Vaccination in Burma 1920-1933 - 1920-1933
Year: 1920
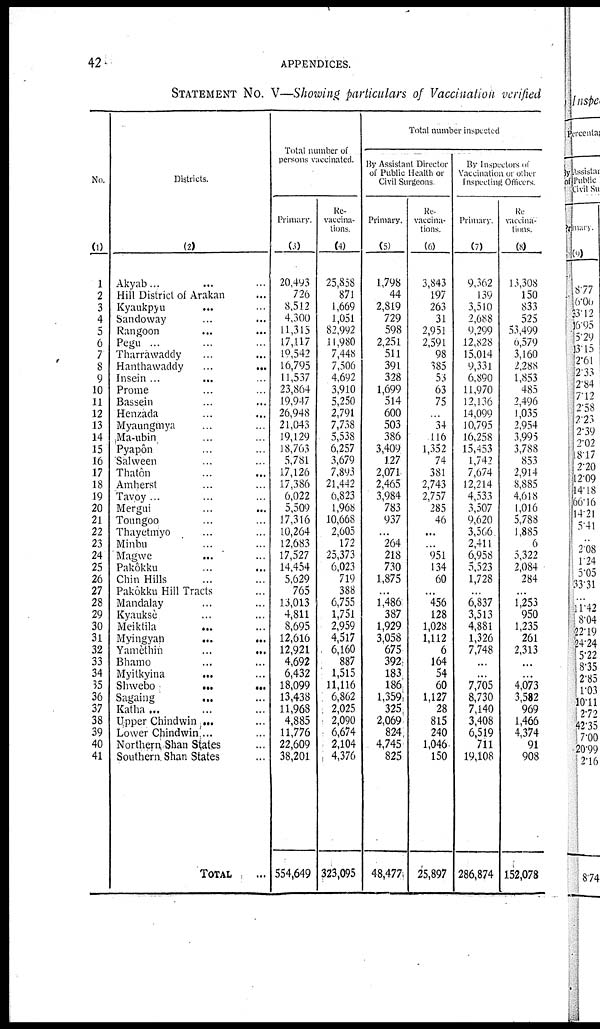
42
APPENDICES.
STATEMENT No. V—Showing particulars of Vaccination verified
No.
(1)
1
2
3
4
5
6
7
8
9
10
11
12
13
14
15
16
17
18
19
20
21
22
23
24
25
26
27
28
29
30
31
32
33
34
35
36
37
38
39
40
41
Districts.
(2)
Akyab... ... ...
Hill District of Arakan ...
Kyaukpyu ... ...
Sandoway ... ...
Rangoon ... ...
Pegu ... ... ...
Tharrawaddy ... ...
Hanthawaddy
...
...
Insein ... ... ...
Prome ... ...
Bassein ... ...
Henzada ... ...
Myaungmya ... ...
Ma-ubin ... ...
Pyapôn ... ...
Salween ... ...
Thatôn ... ...
Amherst ... ...
Tavoy ... ...
Mergui
...
...
Toungoo ... ...
Thayetmyo ... ...
Minbu ... ...
Magwe
...
...
Pakôkku ... ...
Chin Hills ... ...
Pakôkku Hill Tracts ...
Mandalay ... ...
Kyauksè ... ...
Meiktila
...
...
Myingyah
...
...
Yamèthin
...
...
Bhamo ... ...
Myitkyina ... ...
Shwebo
...
...
Sagaing ... ...
Katha ... ... ...
Upper Chindwin ... ...
Lower Chindwin ... ...
Northern Shan States ...
Southern Shan States ...
TOTAL ...
Total number of
persons vaccinated.
Primary.
(3)
20,493
726
8,512
4,300
11,315
17,117
19,542
16,795
11,537
23,864
19,947
26,948
21,043
19,129
18,763
5,781
17,126
17,386
6,022
5,509
17,316
10,264
12,683
17,527
14,454
5,629
765
13,013
4,811
8,695
12,616
12,921
4,692
6,432
18,099
13,438
11,968
4,885
11,776
22,609
38,201
554,649
Re-
vaccina-
tions.
(4)
25,858
871
1,669
1,051
82,992
11,980
7,448
7,506
4,692
3,910
5,250
2,791
7,738
5,538
6,257
3,679
7,893
21,442
6,823
1,968
10,668
2,605
172
25,373
6,023
719
388
6,755
1,751
2,959
4,517
6,160
887
1,515
11,116
6,862
2,025
2,090
6,674
2,104
4,376
323,095
Total number inspected
By Assistant Director
of Public Health or
Civil Surgeons
Primary.
(5)
1,798
44
2,819
729
598
2,251
511
391
328
1,699
514
600
503
386
3,409
127
2,071
2,465
3,984
783
937
...
264
218
730
1,875
...
1,486
387
1,929
3,058
675
392
183
186
1,359
325
2,069
824
4,745
825
48,477
Re-
vaccina-
tions.
(6)
3,843
197
263
31
2,951
2,591
98
385
53
63
75
...
34
116
1,352
74
381
2,743
2,757
285
46
...
...
951
134
60
...
456
128
1,028
1,112
6
164
54
60
1,127
28
815
240
1,046
150
25,897
By Inspectors of
Vaccination or other
inspecting Officers
Primary.
(7)
9,362
139
3,510
2,688
9,299
12,828
15,014
9,331
6,890
11,970
12,136
14,099
10,795
16,258
15,453
1,742
7,674
12,214
4,533
3,507
9,620
3,566
2,411
6,958
5,523
1,728
...
6,837
3,513
4,881
1,326
7,748
...
...
7,705
8,730
7,140
3,408
6,519
711
19,108
286,874
Re
vaccina-
tions.
(8)
13,308
150
833
525
53,499
6,579
3,160
2,288
1,853
485
2,496
1,035
2,954
3,995
3,788
853
2,914
8,885
4,618
1,016
5,788
1,885
6
5,322
2,084
284
...
1,253
950
1,235
261
2,313
...
...
4,073
3,582
969
1,466
4,374
91
908
152,078